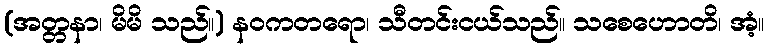
(အတ္တနာ၊ မိမိ သည်။) နဝကတရော၊ သီတင်းငယ်သည်။ သစေဟောတိ၊ အံ့။